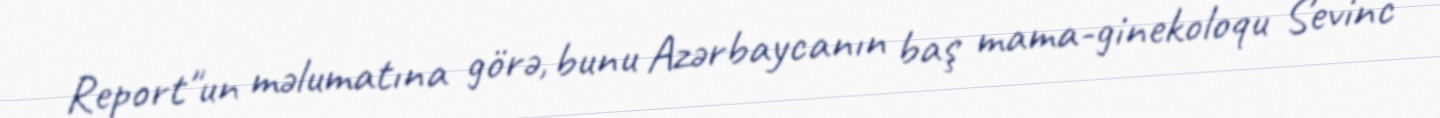
Report"un məlumatına görə, bunu Azərbaycanın baş mama-ginekoloqu Sevinc